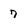
Character: 7